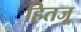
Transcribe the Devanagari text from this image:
हितजू